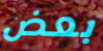
بعض